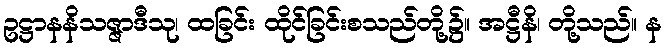
ဥဋ္ဌာနနိသဇ္ဇာဒီသု၊ ထခြင်း ထိုင်ခြင်းစသည်တို့၌။ အဋ္ဌီနိ၊ တို့သည်။ န